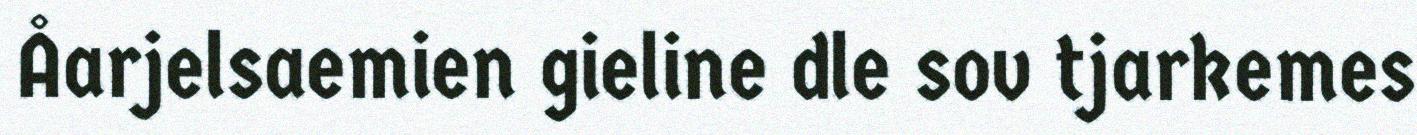
Åarjelsaemien gieline dle sov tjarkemes